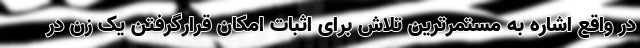
در واقع اشاره به مستمرترین تلاش برای اثبات امکان قرارگرفتن یک زن در